Report on the treatment of epidemic cholera: from information collected by the governments of Bengal, Madras, Bombay, N.W. Provinces, Punjab, Oudh, and Central India, by order of the Government of India
Disease focus: Cholera
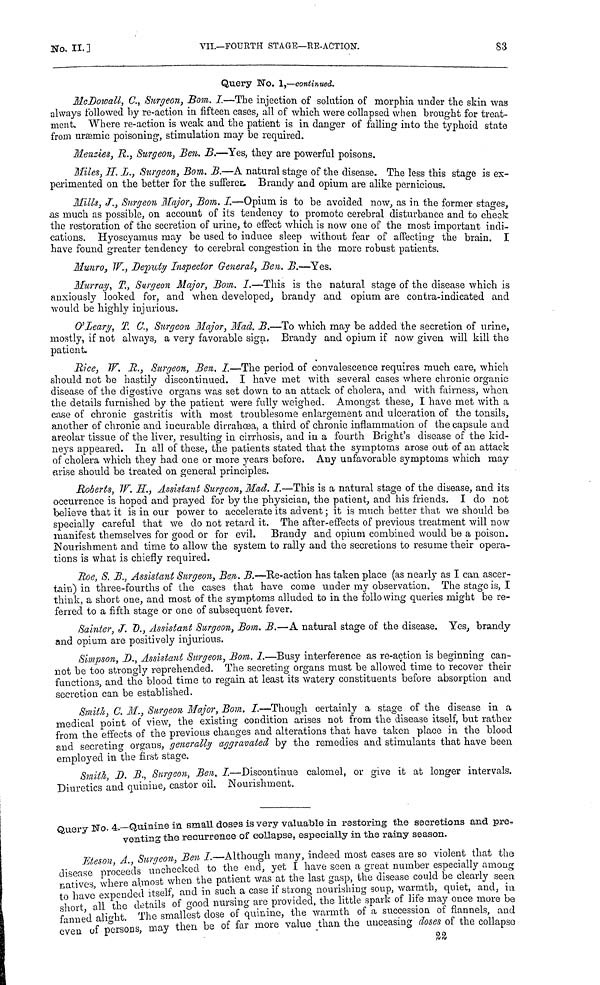
No.
II.
]
VII.—FOURTH STAGE—RE-ACTION.
83
Query No. 1,—continued.
McDowall, C., Surgeon, Bom. I.—The injection of solution of morphia under the skin was
always followed by re-action in fifteen cases, all of which were collapsed when brought for treat-
ment. Where re-action is weak and the patient is in danger of failing into the typhoid state
from uræmic poisoning, stimulation may be required.
Menzies, R., Surgeon, Ben. B.—Yes, they are powerful poisons.
Miles, H. L., Surgeon, Bom. B.—A natural stage of the disease. The less this stage is ex-
perimented on the better for the sufferec. Brandy and opium are alike pernicious.
Mills, J., Surgeon Major, Bom. I.—Opium is to be avoided now, as in the former stages,
as much as possible, on account of its tendency to promote cerebral disturbance and to check
the restoration of the secretion of urine, to effect which is now one of the most important indi-
cations. Hyoscyamus may be used to induce sleep without fear of affecting the brain. I
have found greater tendency to cerebral congestion in the more robust patients.
Munro, W., Deputy Inspector General, Ben. B.—Yes.
Murray, T., Surgeon Major, Bom. I.—This is the natural stage of the disease which is
anxiously looked for, and when developed, brandy and opium are contra-indicated and
would be highly injurious.
O'Leary, T. C., Surgeon Major, Mad. B.—To which may be added the secretion of urine,
mostly, if not always, a very favorable sign. Brandy and opium if now given will kill the
patient.
Rice, W. R., Sure/eon, Ben. I.—The period of convalescence requires much care, which
should not he hastily discontinued. I have met with several cases where chronic organic
disease of the digestive organs was set down to an attack of cholera, and with fairness, when
the details furnished by the patient were fully weighed. Amongst these, I have met with a
case of chronic gastritis with most troublesome enlargement and ulcération of the tonsils,
another of chronic and incurable dirrahœa, a third of chronic inflammation of the capsule and
areolar tissue of the liver, resulting in cirrhosis, and in a fourth Bright's disease of the kid-
neys appeared. In all of these, the patients stated that the symptoms arose out of an attack
of cholera which they had one or more years before. Any unfavorable symptoms which may
arise should be treated on general principles.
Roberts, W. H., Assistant Surgeon, Mad. I.—This is a natural stage of the disease, and its
occurrence is hoped and prayed for by the physician, the patient, and his friends. I do not
believe that it is in our power to accelerate its advent ; it is much better that we should be
specially careful that we do not retard it. The after-effects of previous treatment will now
manifest themselves for good or for evil. Brandy and opium combined would be a poison.
Nourishment and time to allow the system to rally and the secretions to resume their opera-
tions is what is chiefly required.
Roe, S. B., Assistant Surgeon, Ben. B.—Re-action has taken place (as nearly as I can ascer-
tain) in three-fourths of the cases that have come under my observation. The stage is, I
think, a short one, and most of the symptoms alluded to in the folio wing queries might be re-
ferred to a fifth stage or one of subsequent fever.
Sainte, J. D., Assistant Surgeon, Bom. B.—A natural stage of the disease. Yes, brandy
and opium are positively injurious.
Simpson, D., Assistant Surgeon, Bom. I.—Busy interference as re-action is beginning can-
not be too strongly reprehended. The secreting organs must be allowed time to recover their
functions and the blood time to regain at least its watery constituents before absorption and
secretion can be established.
Smith, C. M., Surgeon Major, Bom. I.—Though certainly a stage of the disease in a
medical point of view, the existing condition arises not from the disease itself, but rather
from the effects of the previous changes and alterations that have taken place in the blood
and secreting organs, generally aggravated by the remedies and stimulants that have been
employed in the first stage.
Smith, D. B., Surgeon, Ben. I.—Discontinue calomel, or give it at longer intervals.
Diuretics and quinine, castor oil. Nourishment.
Query No. 4.—Quinine in small doses is very valuable in restoring the secretions and pre-
venting the recurrence of collapse, especially in the rainy season.
Eteson, A., Surgeon, Ben I.—Although many, indeed most cases are so violent that the
disease proceeds unchecked to the end, yet I have seen a great number especially among
natives, where almost when the patient was at the last gasp, the disease could be clearly seen
to have expended itself, and in such a case if strong nourishing soup, warmth, quiet, and, in
short, all the details of good nursing are provided, the little spark of life may once more be
fanned alight. The smallest dose of quinine, the warmth of a succession of flannels, and
even of persons, may then be of far more value than the unceasing doses of the collapse
22